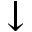
\downarrow